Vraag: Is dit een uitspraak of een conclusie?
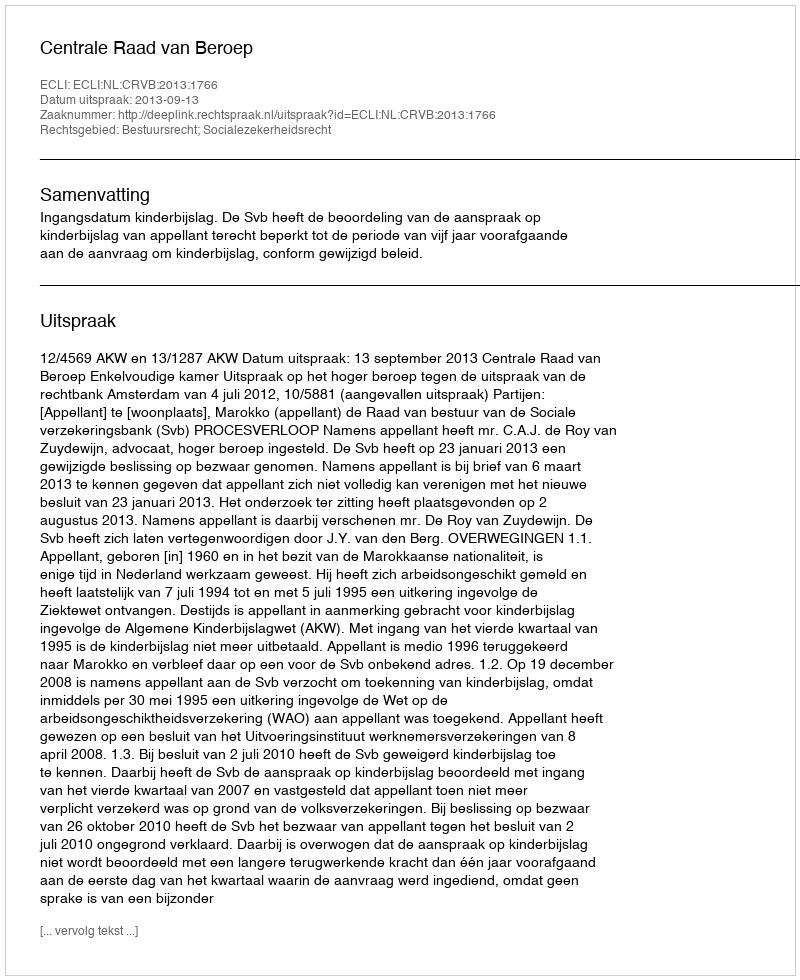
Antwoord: Uitspraak